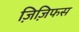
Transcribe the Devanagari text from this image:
ज़िज़िफस